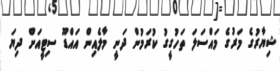
ޝިޔާރުގެ މަރުގެ މައްސަލަ ތަހުގީގު ކުރަމުން ދަނީ މާލެއިން އައްޑޫ ސިޓީއަށް ދިޔަ